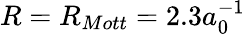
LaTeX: R=R_{Mott}=2.3a_{0}^{-1}